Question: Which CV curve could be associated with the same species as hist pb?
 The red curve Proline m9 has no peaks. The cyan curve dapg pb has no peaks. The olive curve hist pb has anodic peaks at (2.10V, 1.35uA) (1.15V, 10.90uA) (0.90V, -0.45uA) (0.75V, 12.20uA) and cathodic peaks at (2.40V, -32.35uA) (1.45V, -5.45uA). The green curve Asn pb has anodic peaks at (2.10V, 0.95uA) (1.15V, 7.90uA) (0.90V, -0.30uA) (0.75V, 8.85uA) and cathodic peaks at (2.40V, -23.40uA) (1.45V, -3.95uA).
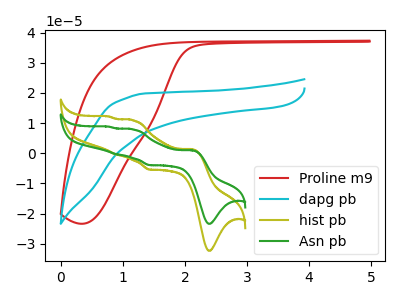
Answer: <think>Neither "Proline m9" or "dapg pb" have any peaks. "Proline m9" and "hist pb" have a different number of peaks. "Proline m9" and "Asn pb" have a different number of peaks. "dapg pb" and "hist pb" have a different number of peaks. "dapg pb" and "Asn pb" have a different number of peaks. All the peaks in "hist pb" have a peak in "Asn pb" at the same potential.
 </think>
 <answer>The CV with the most similar shape to "Asn pb" is "hist pb".</answer>
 <eval>"hist pb"</eval>